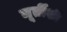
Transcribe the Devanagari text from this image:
मूर्तीशी